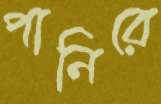
পানিরে